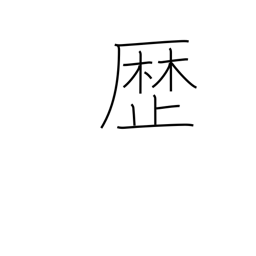
Meaning: passage of time